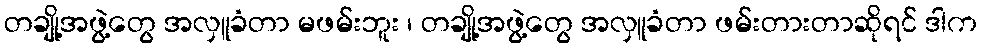
တချို့အဖွဲ့တွေ အလှူခံတာ မဖမ်းဘူး ၊ တချို့အဖွဲ့တွေ အလှူခံတာ ဖမ်းတားတာဆိုရင် ဒါက